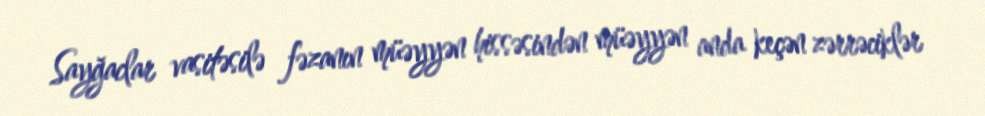
Sayğaclar vasitəsilə fəzanın müəyyən hissəsindən müəyyən anda keçən zərrəciklər